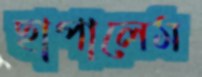
ছাপালেম